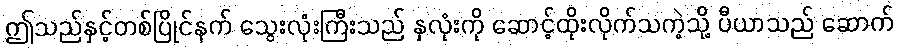
ဤသည်နှင့်တစ်ပြိုင်နက် သွေးလုံးကြီးသည် နှလုံးကို ဆောင့်ထိုးလိုက်သကဲ့သို့ ပီယာသည် ဆောက်